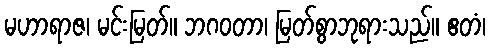
မဟာရာဇ၊ မင်းမြတ်။ ဘဂဝတာ၊ မြတ်စွာဘုရားသည်။ ဧတံ၊